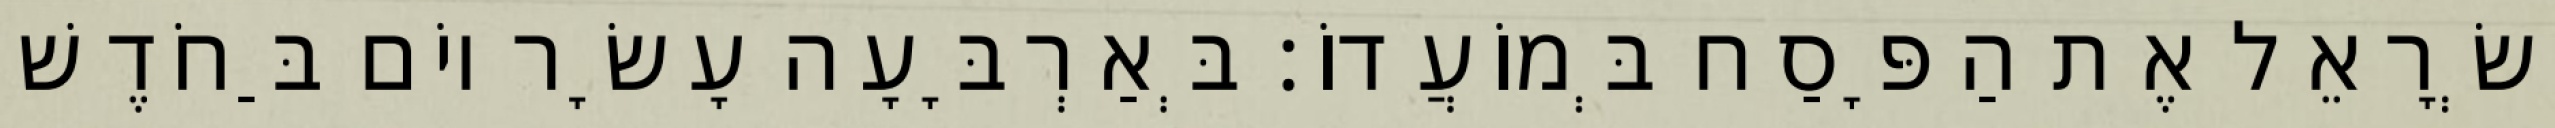
יִשְׂרָאֵל אֶת הַפָּסַח בְּמוֹעֲדוֹ׃ בְּאַרְבָּעָה עָשָׂר יוֹם בַּחֹדֶשׁ